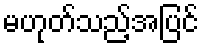
မဟုတ်သည့်အပြင်